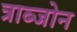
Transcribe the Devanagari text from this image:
त्राब्जोन